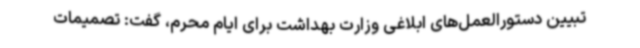
تبیین دستورالعمل‌های ابلاغی وزارت بهداشت برای ایام محرم، گفت: تصمیمات